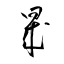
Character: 晟